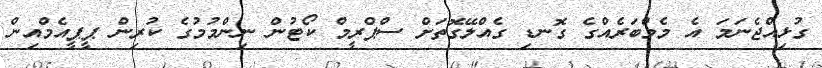
ގުޅިއްޖެނަމަ އެ މެމްބަރެއްގެ ގޮނޑި ގެއްލޭގޮތަށް ސްޕްރީމް ކޯޓުން ނިންމުމުގެ ކުރިން ޕީޕީއެމްއިން